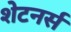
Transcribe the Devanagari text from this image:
शेटनर्स